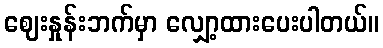
ဈေးနှုန်းဘက်မှာ လျှော့ထားပေးပါတယ်။